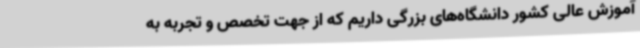
آموزش عالی کشور دانشگاه‌های بزرگی داریم که از جهت تخصص و تجربه به